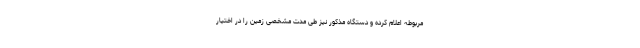
مربوطه اعلام کرده و دستگاه مذکور نیز طی مدت مشخصی زمین را در اختیار